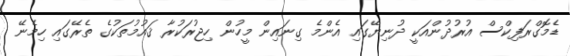
ޑެމޮގްރަފިކްސް އުރުދުންއަކީ ދުނިޔޭގައި އެންމެ ގިނައިން މީހުން ހިޖުރަކުރާ ޤައުމުތަކުގެ ތެރޭގައި ހިމެނޭ